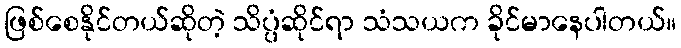
ဖြစ်စေနိုင်တယ်ဆိုတဲ့ သိပ္ပံဆိုင်ရာ သံသယက ခိုင်မာနေပါတယ်။